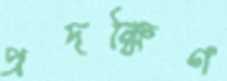
প্রদক্ষিণ